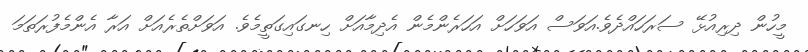
މީހުން ދިރިއުޅޭ ސަރަހައްދެވެ.އަވަސް އަވަހަށް އަހަރެންމެން އެދިމާއަށް ހިނގައިގަތީމެވެ. އަވަށްތެރެއަށް އަރާ އެންމެފުރަތަމަ